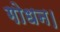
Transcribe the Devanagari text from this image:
गोधन।